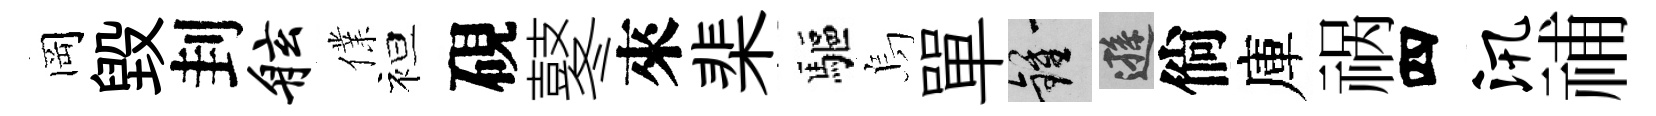
岡毁刲舷㒒袒硯鼕來棐驅烏單鍾遜倘庫祸四汛𥙷